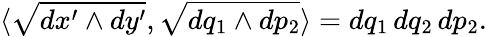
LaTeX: \langle\sqrt{dx^{\prime}\wedge dy^{\prime}},\sqrt{dq_{1}\wedge dp_{2}}\rangle=dq_{1}\, dq_{2}\, dp_{2}.